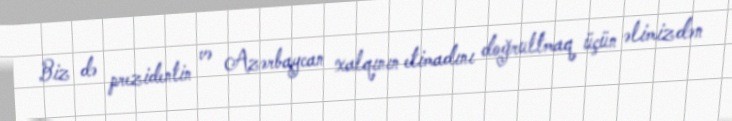
Biz də prezidentin və Azərbaycan xalqının etimadını doğrultmaq üçün əlimizdən